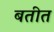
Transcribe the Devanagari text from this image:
बतीत